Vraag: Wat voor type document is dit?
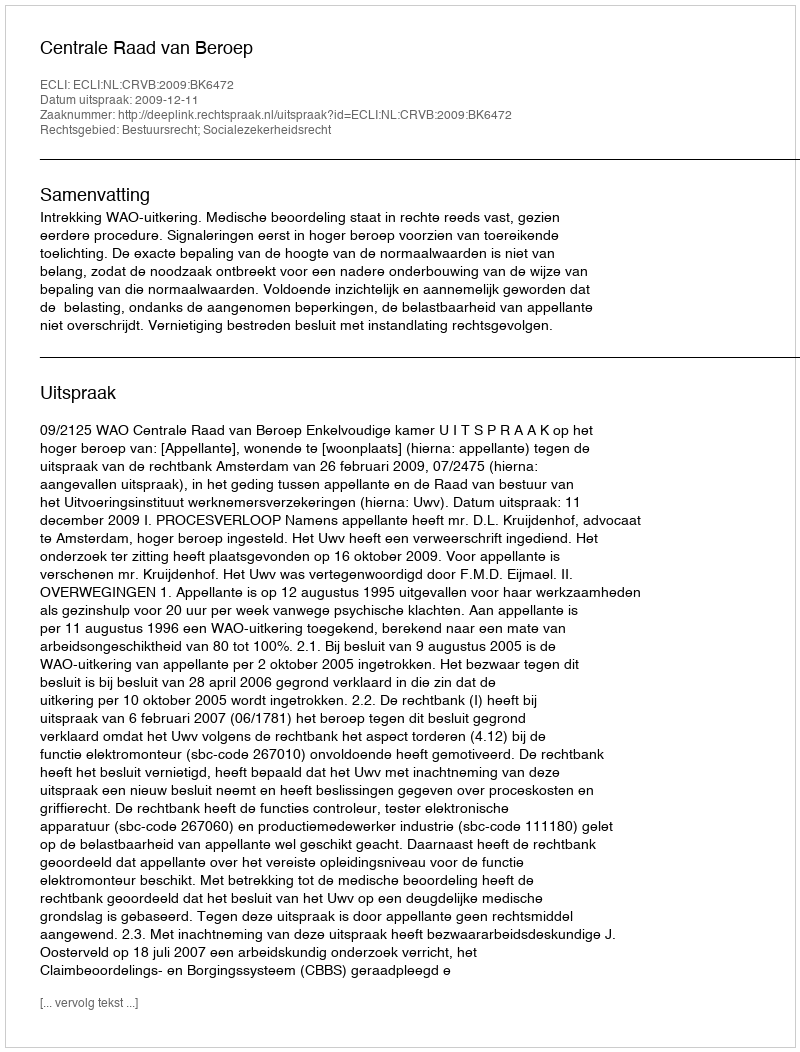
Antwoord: Uitspraak